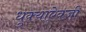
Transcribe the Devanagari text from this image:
धुक्याऐवजी